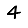
Digit: 4